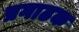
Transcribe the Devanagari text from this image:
प्रगाढक